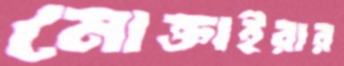
মোক্তাইরার